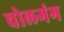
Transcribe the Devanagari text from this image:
चोलगंग